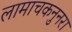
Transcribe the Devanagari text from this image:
लामाचकनुनरा